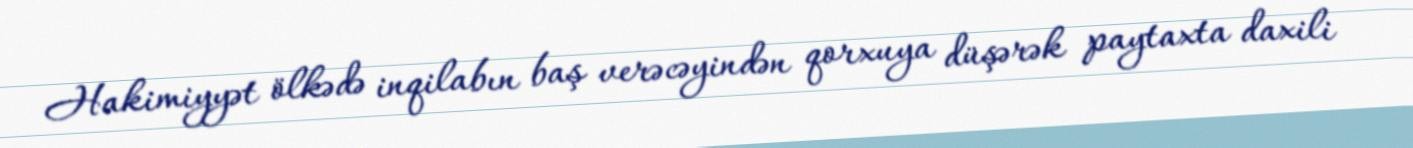
Hakimiyyət ölkədə inqilabın baş verəcəyindən qorxuya düşərək paytaxta daxili